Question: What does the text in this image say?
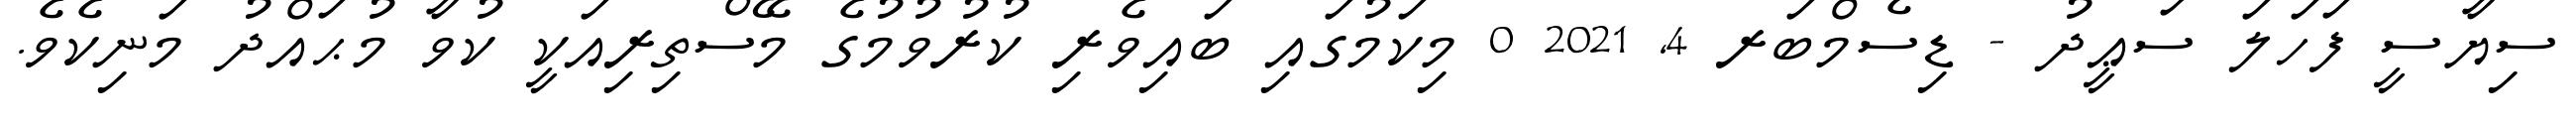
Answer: ސިޔާސީ ފަހަލަ ސަޢީދު - ޑިސެމްބަރ 4, 2021 0 މިކަމުގައި ބައިވެރި ކުރުވުމުގެ މޭސްތިރިއަކީ ކުވާ މުޙައްދު މަނިކެވެ.